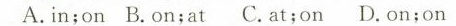
A.in;on B.on;at C.at;on D.on;on